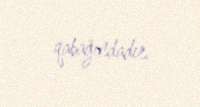
qabağındadır.